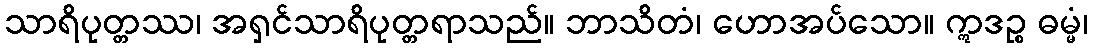
သာရိပုတ္တဿ၊ အရှင်သာရိပုတ္တရာသည်။ ဘာသိတံ၊ ဟောအပ်သော။ ဣဒဉ္စ ဓမ္မံ၊